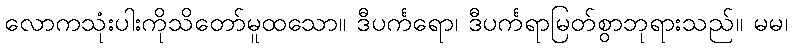
လောကသုံးပါးကိုသိတော်မူထသော။ ဒီပင်္ကရော၊ ဒီပင်္ကရာမြတ်စွာဘုရားသည်။ မမ၊